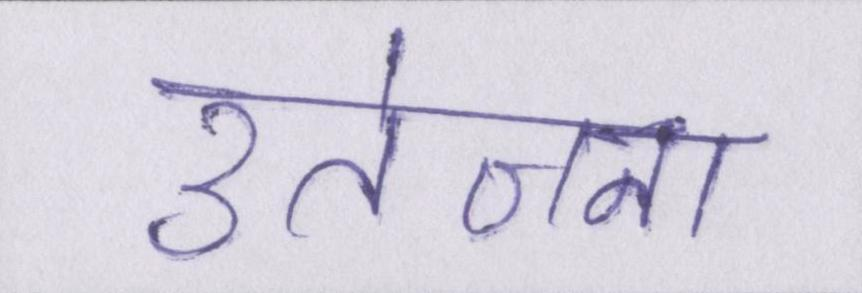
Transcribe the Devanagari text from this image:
उत्तेजना